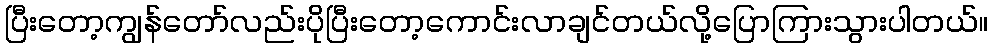
ပြီးတော့ကျွန်တော်လည်းပိုပြီးတော့ကောင်းလာချင်တယ်လို့ပြောကြားသွားပါတယ်။